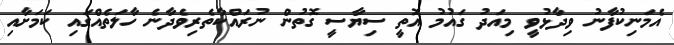
އެމަނިކުފާނު ވިދާޅުވީ މިއަދު ގައުމު އޮތީ ސިޔާސީ ގޮތުން ނުރައްކާތެރިވެދާނެ ހާލަތެއްގައި ކަމަށާއި